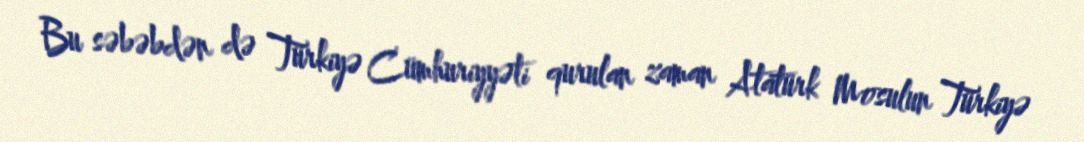
Bu səbəbdən də Türkiyə Cümhuriyyəti qurulan zaman Atatürk Mosulun Türkiyə